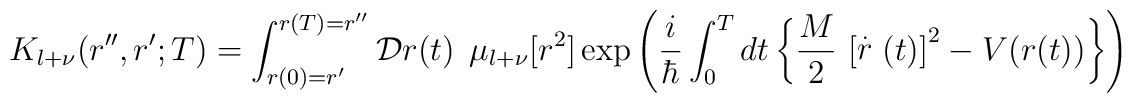
K_{l+\nu}(r'',r';T)=\int_{ r(0) = r'}^{ r(T)=r'' }{\cal D}  r(t)  \,\; \mu_{l+ \nu} [r^{2}]\exp \left(\frac{i}{\hbar} \int_{0}^{T}dt\left\{\frac{M}{2} \, \left[   \stackrel{.}{r}  (t) \right]^{2}-V(r(t))\right\}\right)\;